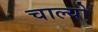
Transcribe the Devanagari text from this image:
चाल्‍यो